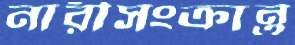
নারীসংক্রান্ত